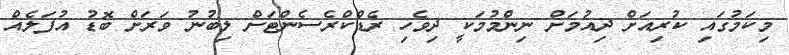
މިކަމުގައި ކުރިއަށް ދިއުމަށް ނިންމުމަކީ ދިވެހި ރެޑްކްރެސެންޓަށް ލިބުނު ވަރަށް ބޮޑު އުފަލެއް